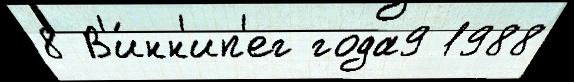
8 В'и́нн'ип'ег года9 1988